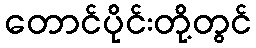
တောင်ပိုင်းတို့တွင်